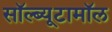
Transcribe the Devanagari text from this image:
सॉल्ब्यूटामॉल